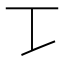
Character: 𰀀